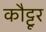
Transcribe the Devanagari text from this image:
कौट्टूर